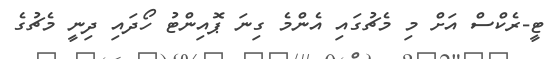
ޓީ-ރެކްސް އަށް މި މެޗުގައި އެންމެ ގިނަ ޕޮއިންޓު ހޯދައި ދިނީ މެޗުގެ